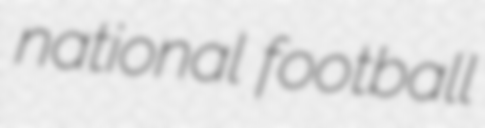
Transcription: national football